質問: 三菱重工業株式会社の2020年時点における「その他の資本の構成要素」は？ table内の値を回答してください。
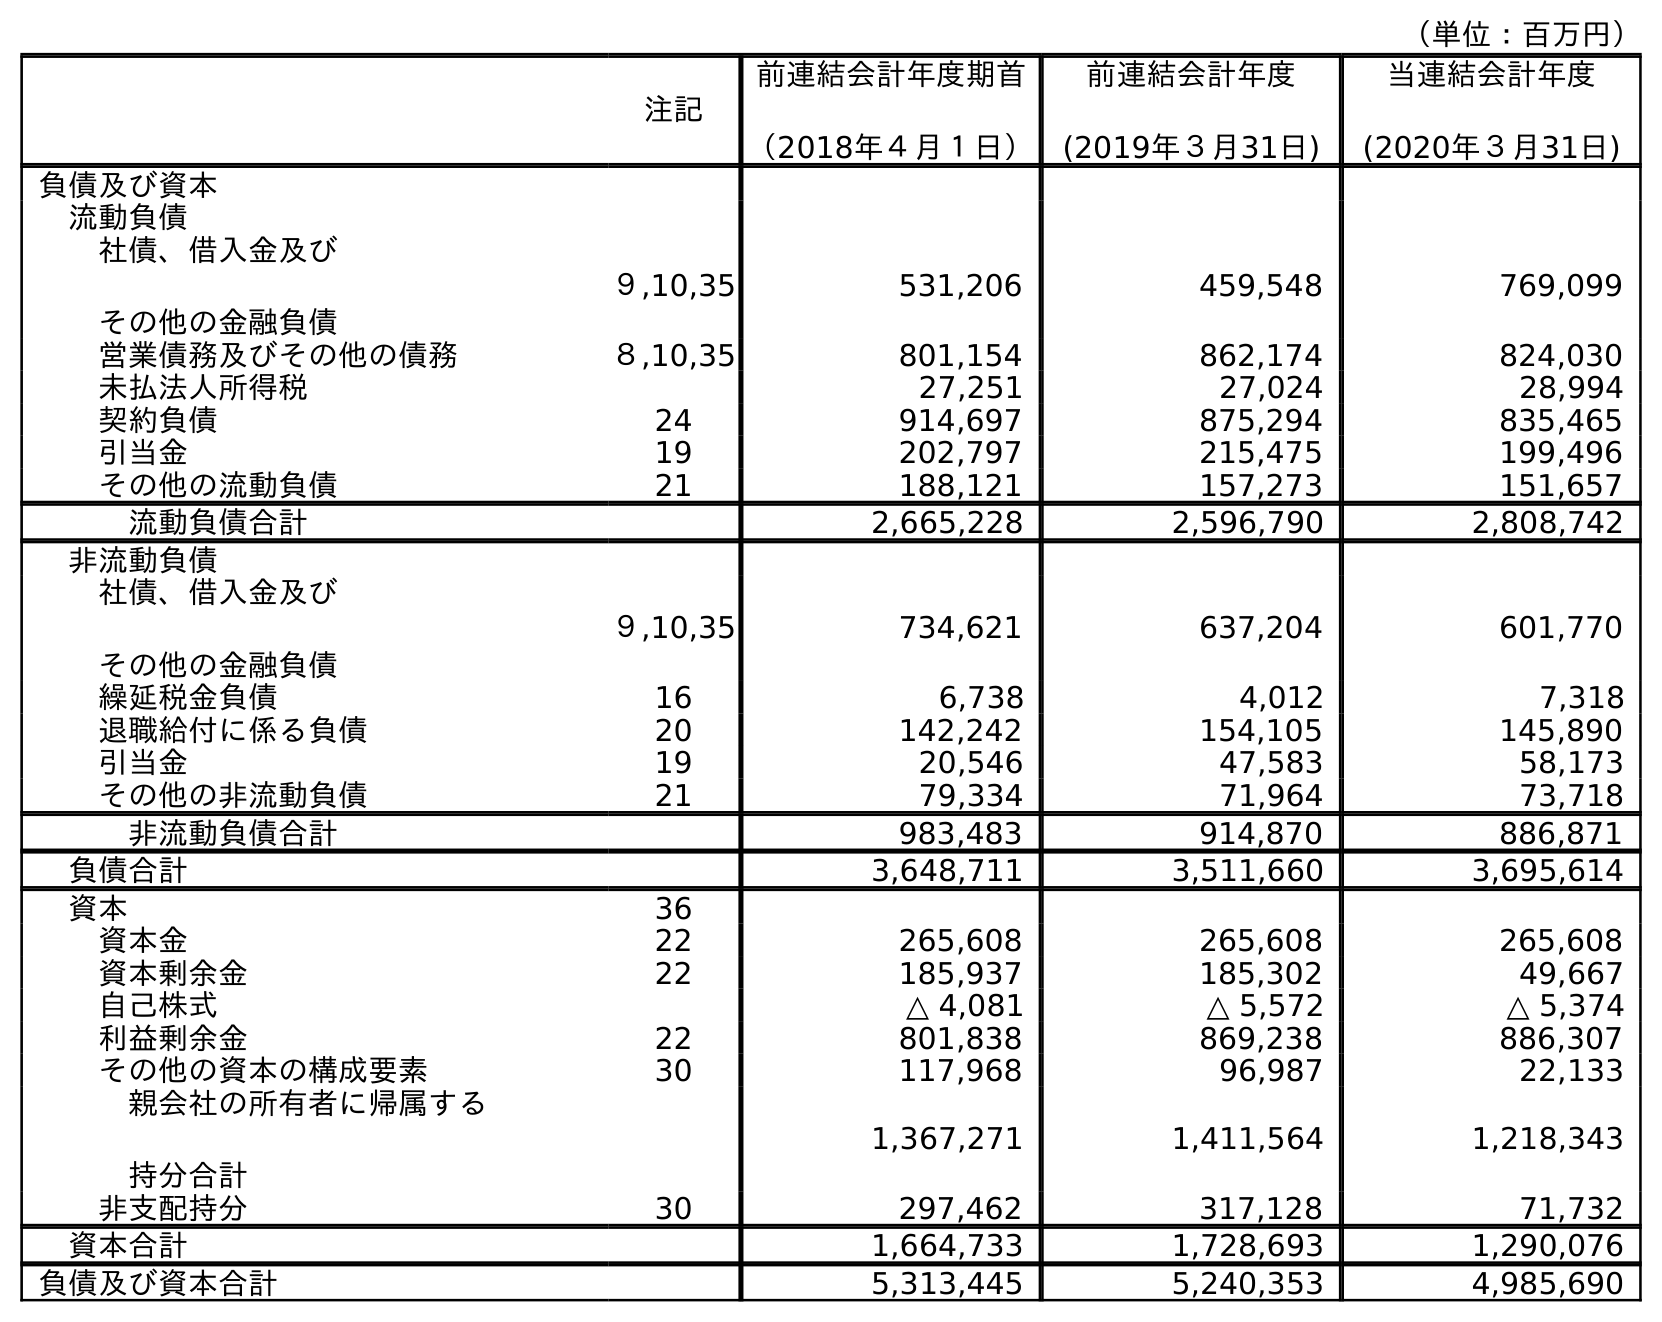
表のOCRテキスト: （単位：百万円） 注記 前連結会計年度期首 （2018年４月１日） 前連結会計年度 (2019年３月31日) 当連結会計年度 (2020年３月31日) 負債及び資本 流動負債 社債、借入金及び その他の金融負債 ９,10,35 531,206 459,548 769,099 営業債務及びその他の債務 ８,10,35 801,154 862,174 824,030 未払法人所得税 27,251 27,024 28,994 契約負債 24 914,697 875,294 835,465 引当金 19 202,797 215,475 199,496 その他の流動負債 21 188,121 157,273 151,657 流動負債合計 2,665,228 2,596,790 2,808,742 非流動負債 社債、借入金及び その他の金融負債 ９,10,35 734,621 637,204 601,770 繰延税金負債 16 6,738 4,012 7,318 退職給付に係る負債 20 142,242 154,105 145,890 引当金 19 20,546 47,583 58,173 その他の非流動負債 21 79,334 71,964 73,718 非流動負債合計 983,483 914,870 886,871 負債合計 3,648,711 3,511,660 3,695,614 資本 36 資本金 22 265,608 265,608 265,608 資本剰余金 22 185,937 185,302 49,667 自己株式 △ 4,081 △ 5,572 △ 5,374 利益剰余金 22 801,838 869,238 886,307 その他の資本の構成要素 30 117,968 96,987 22,133 親会社の所有者に帰属する 持分合計 1,367,271 1,411,564 1,218,343 非支配持分 30 297,462 317,128 71,732 資本合計 1,664,733 1,728,693 1,290,076 負債及び資本合計 5,313,445 5,240,353 4,985,690
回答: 22,133